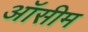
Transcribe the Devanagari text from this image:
ऑसीम